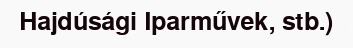
Hajdúsági Iparművek, stb.)